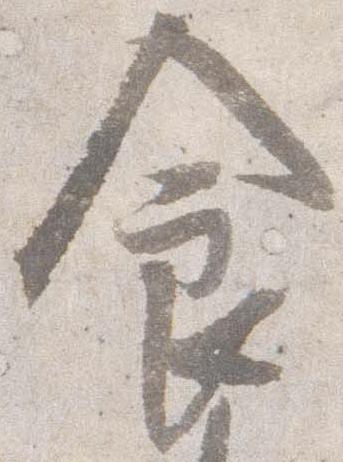
食